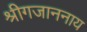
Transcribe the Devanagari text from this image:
श्रीगजाननाय